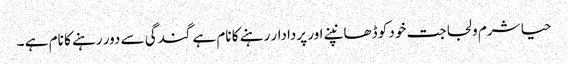
حیا شرم و لجاجت خود کو ڈھانپنے اور پردادار رہنے کا نام ہے گندگی سے دور رہنے کا نام ہے ۔